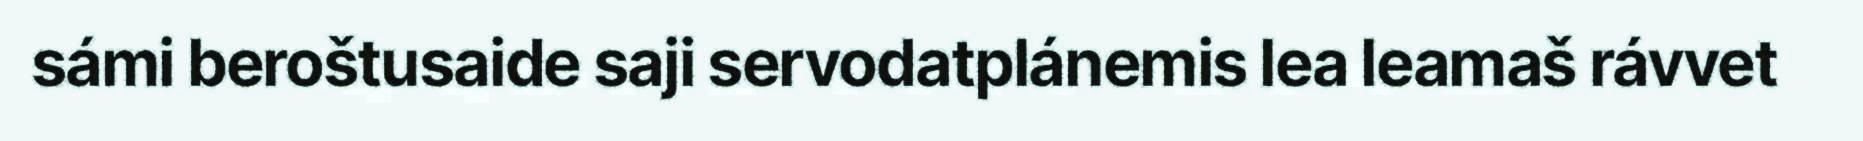
sámi beroštusaide saji servodatplánemis lea leamaš rávvet